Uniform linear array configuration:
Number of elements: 32
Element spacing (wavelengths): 0.5
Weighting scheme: cosine
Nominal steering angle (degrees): -15
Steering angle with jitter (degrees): -15.659
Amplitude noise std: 0.05
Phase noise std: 0.05

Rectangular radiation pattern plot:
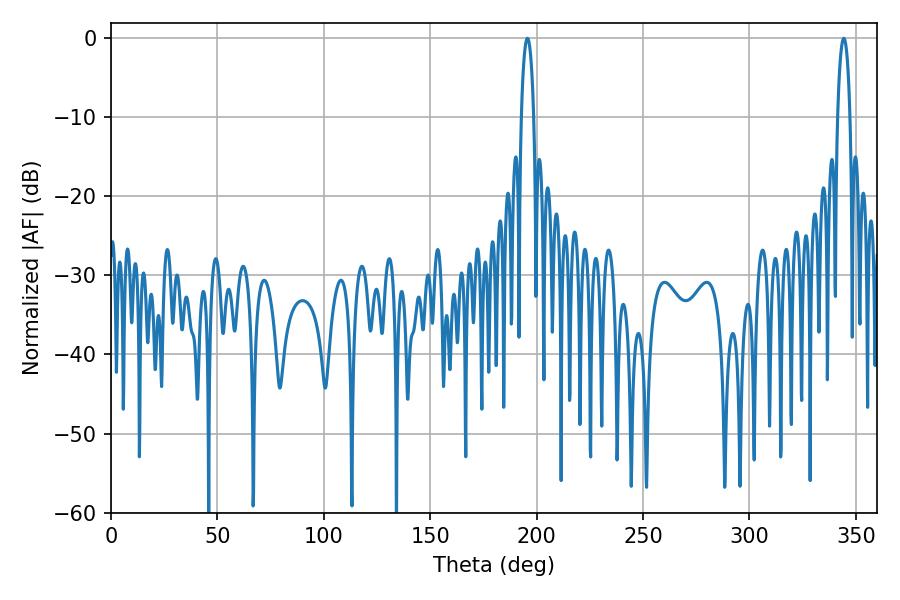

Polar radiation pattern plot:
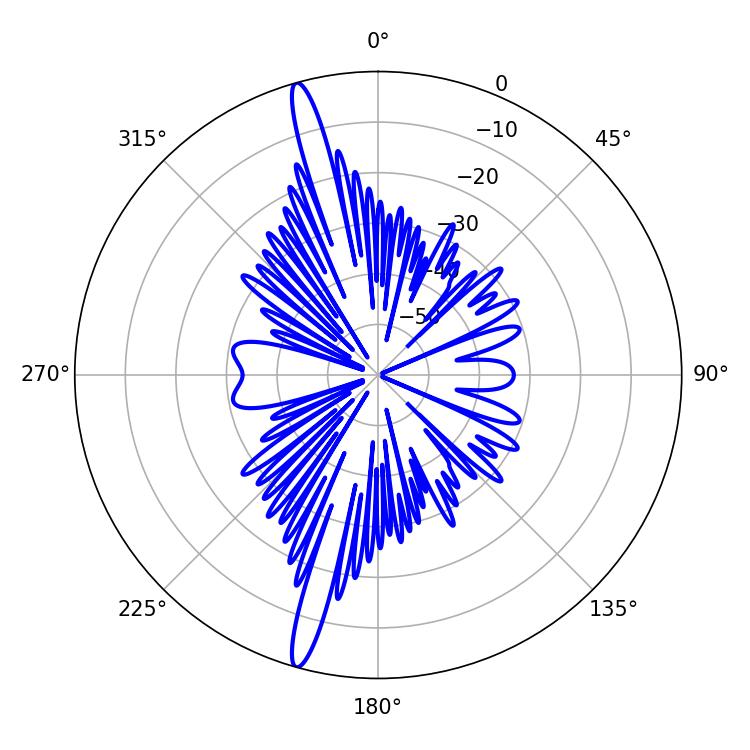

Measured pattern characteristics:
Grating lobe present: FALSE
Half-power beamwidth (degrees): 3.24
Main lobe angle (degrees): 195.66